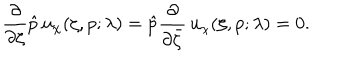
\frac \partial { \partial \zeta } \hat { p } \, u _ { \chi } ( \zeta , p ; \lambda ) = \hat { p } \frac \partial { \partial \bar { \zeta } } \, u _ { \chi } ( \zeta , p ; \lambda ) = 0 .